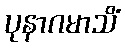
ပုနာဂမာသိံ